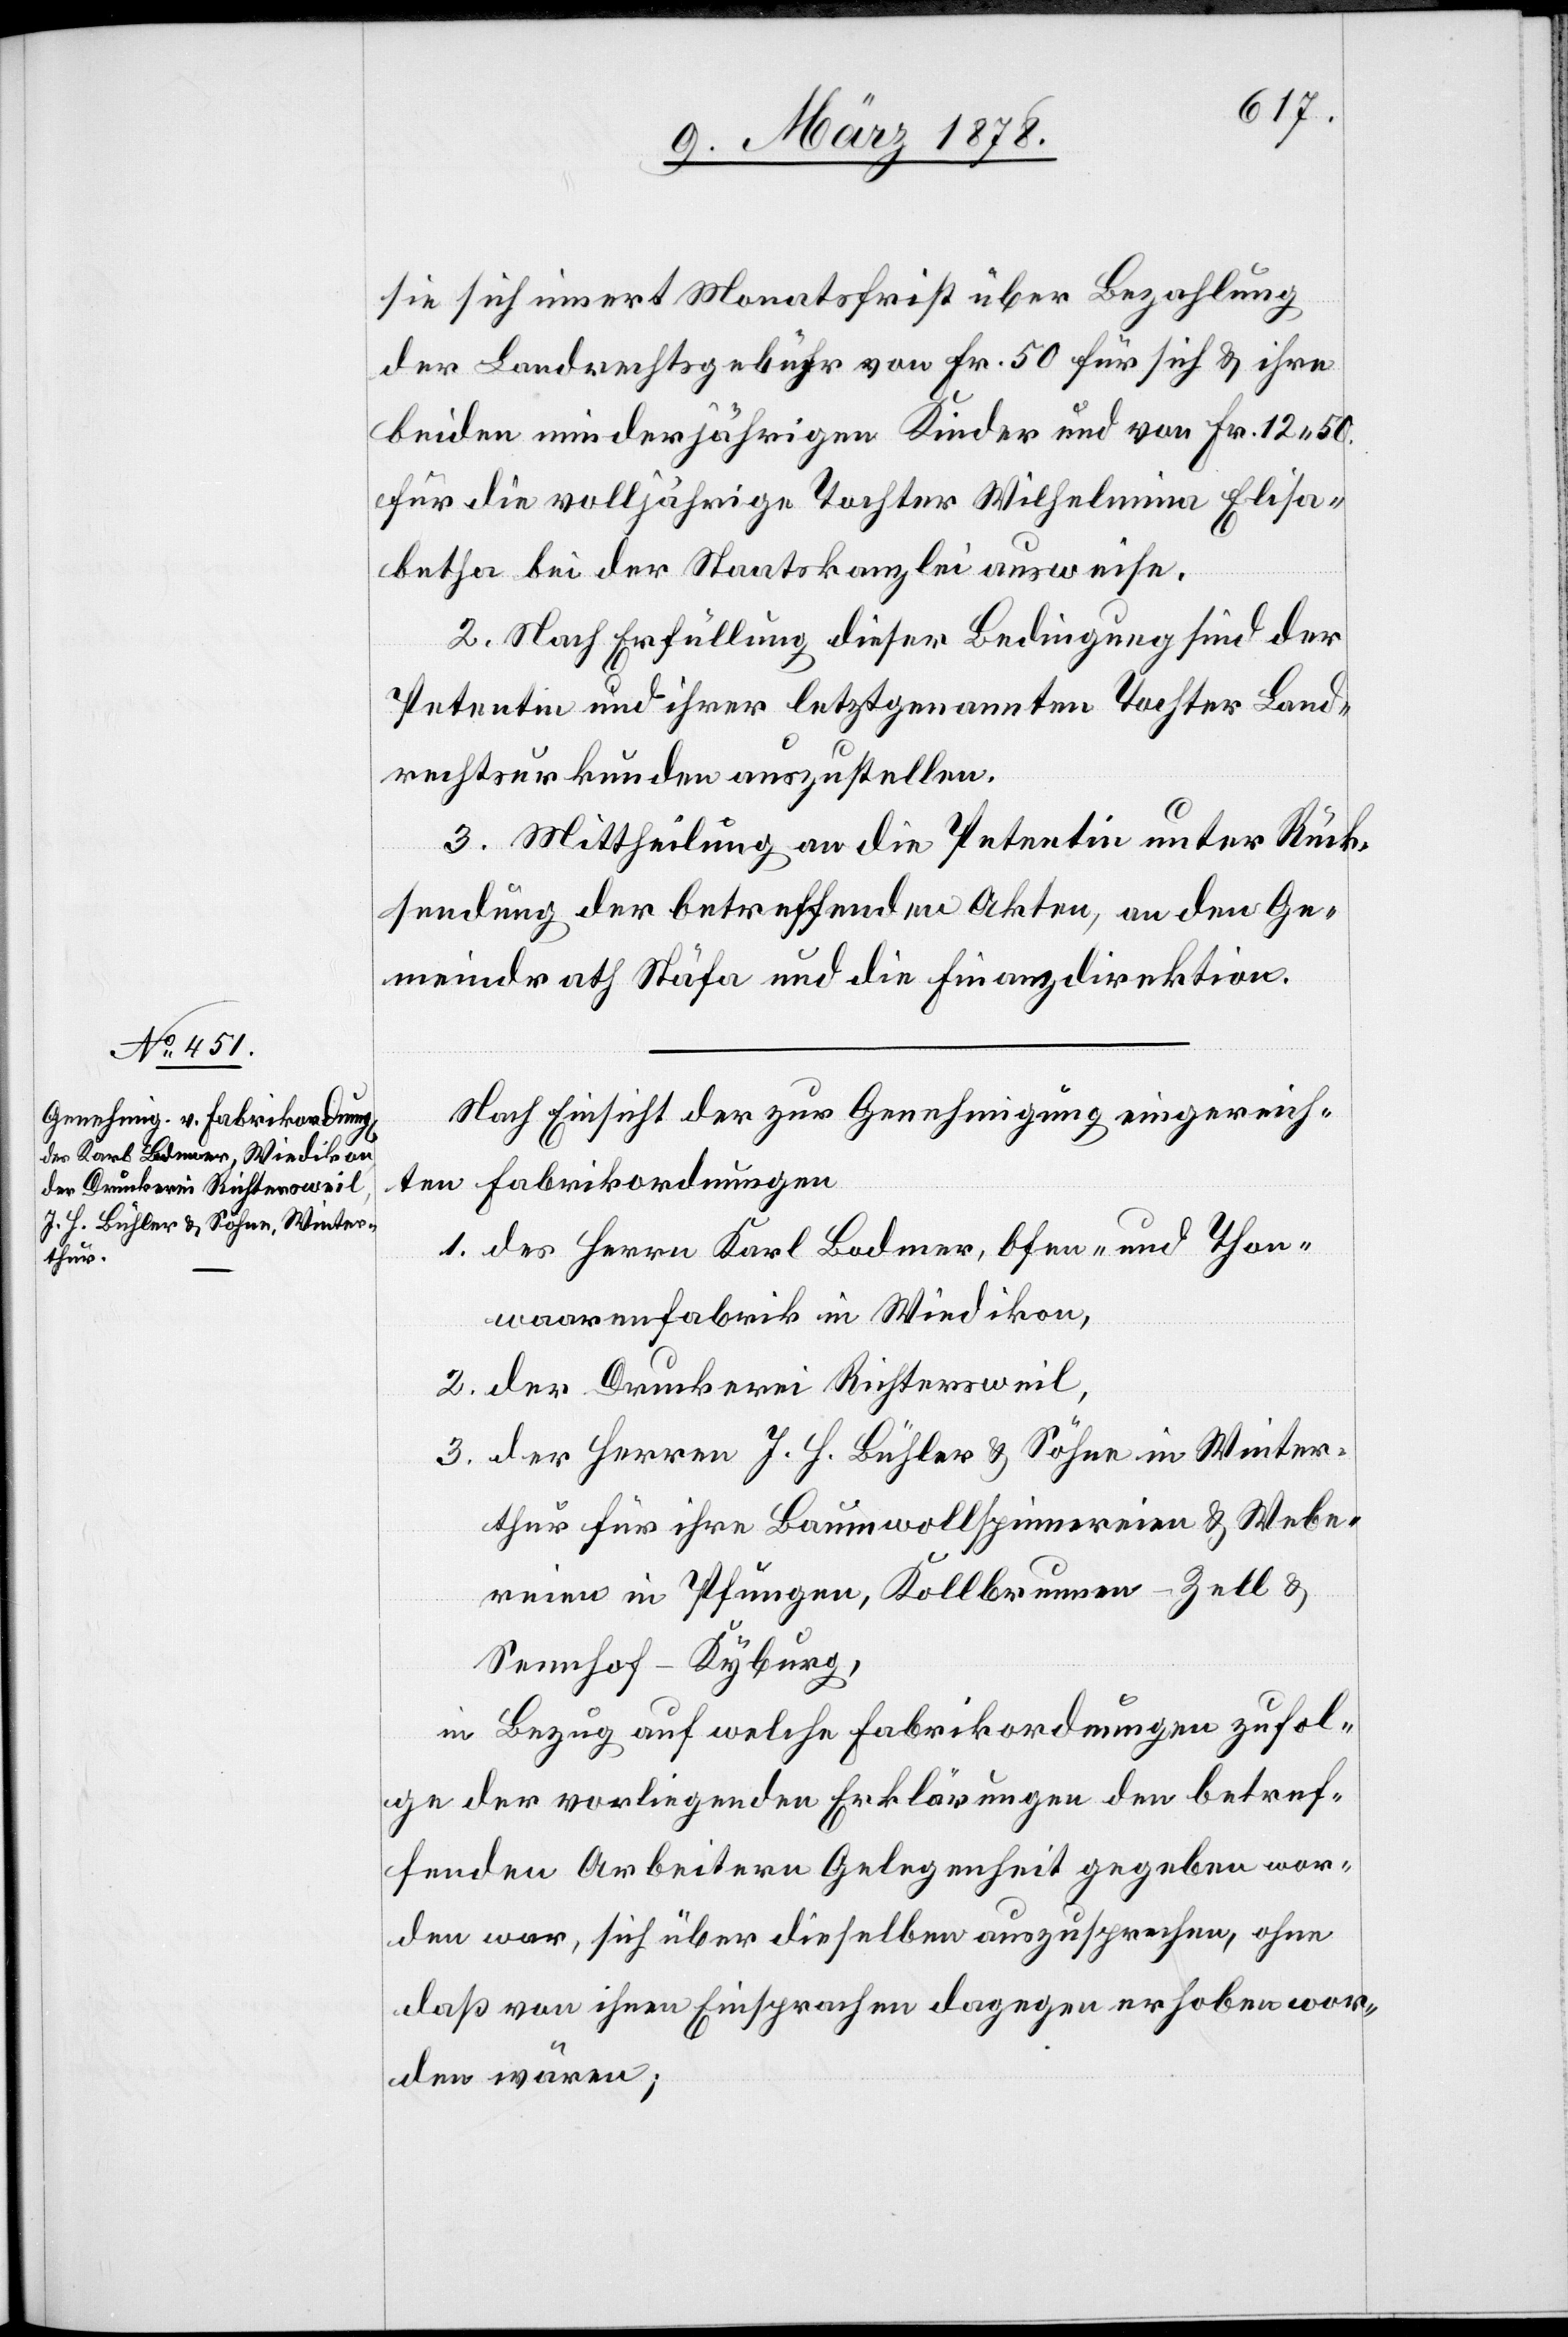
sie sich innert Monatsfrist über Bezahlung
der Landrechtsgebühr von Fr. 50 für sich & ihre
beiden minderjährigen Kinder und von Fr. 12. 50
für die volljährige Tochter Wilhelmina Elisa¬
betha bei der Staatskanzlei ausweise.
2. Nach Erfüllung dieser Bedingung sind der
Petentin und ihrer letztgenannten Tochter Land¬
rechtsurkunden auszustellen.
3. Mittheilung an die Petentin unter Rück¬
sendung der betreffenden Akten, an den Ge¬
meindrath Stäfa und die Finanzdirektion.
Nach Einsicht der zur Genehmigung eingereich¬
ten Fabrikordnungen
1. des Herrn Karl Bodmer, Ofen- und Thon¬
warenfabrik in Wiedikon,
2. der Druckerei Richtersweil,
3. der Herren J. H. Bühler & Söhne in Winter¬
thur für ihre Baumwollspinnereien & Webe¬
reien in Pfungen, Kollbrunnen - Zell &
Sennhof - Kyburg,
in Bezug auf welche Fabrikordnungen zufol¬
ge der vorliegenden Erklärungen den betref¬
fenden Arbeitern Gelegenheit gegeben wor¬
den war, sich über dieselben auszusprechen, ohne
daß von ihren Einsprachen dagegen erhoben wor¬
den wären;